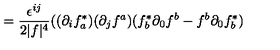
= \frac { \epsilon ^ { i j } } { 2 | f | ^ { 4 } } ( ( \partial _ { i } f _ { a } ^ { * } ) ( \partial _ { j } f ^ { a } ) ( f _ { b } ^ { * } \partial _ { 0 } f ^ { b } - f ^ { b } \partial _ { 0 } f _ { b } ^ { * } )